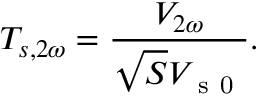
T _ { s , 2 \omega } = \frac { V _ { 2 \omega } } { \sqrt { S } V _ { \mathrm { ~ s ~ 0 ~ } } } { . }